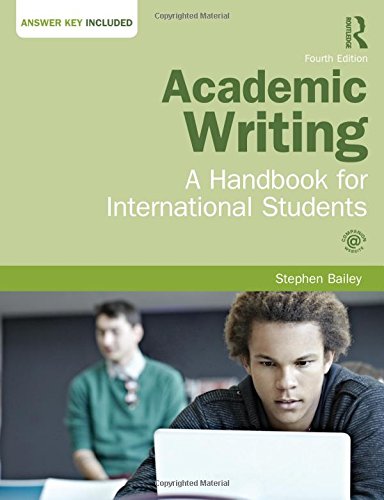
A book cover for Academic Writing: A Handbook for International Students; Stephen Bailey; Politics & Social Sciences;